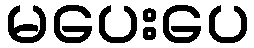
မပေးပေ